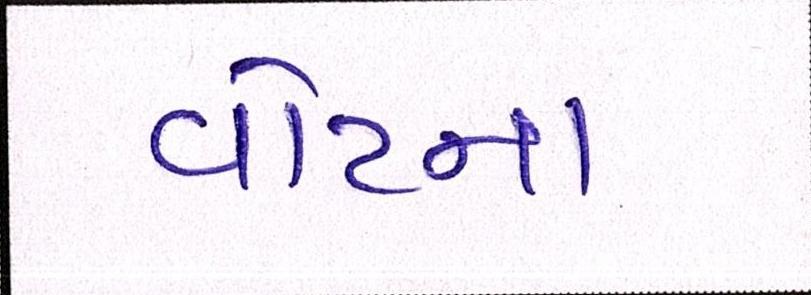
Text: વોટના